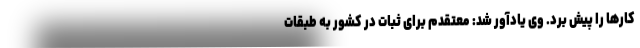
کارها را پیش برد. وی یادآور شد: معتقدم برای ثبات در کشور به طبقات